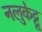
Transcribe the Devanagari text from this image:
नलुकेट्टू